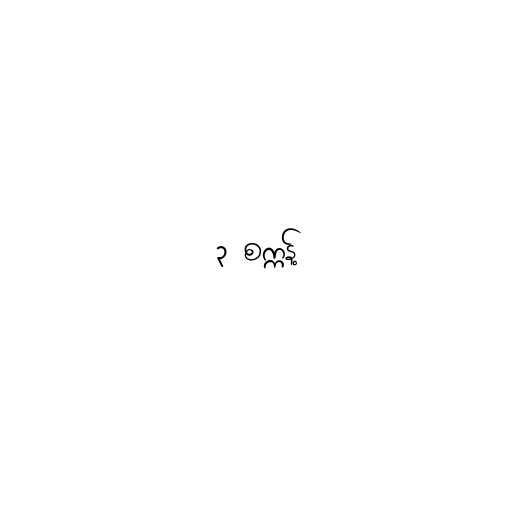
၃ စက္ကန့်